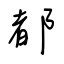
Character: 都